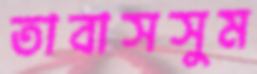
তাবাসসুম